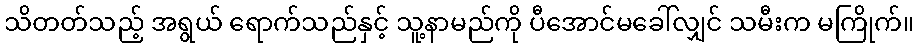
သိတတ်သည့် အရွယ် ရောက်သည်နှင့် သူ့နာမည်ကို ပီအောင်မခေါ်လျှင် သမီးက မကြိုက်။